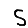
Digit: 5